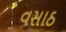
વસાઠ